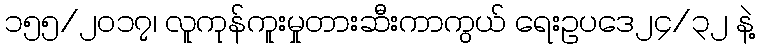
၁၅၅/၂၀၁၇၊ လူကုန်ကူးမှုတားဆီးကာကွယ် ရေးဥပဒေ၂၄/၃၂ နဲ့